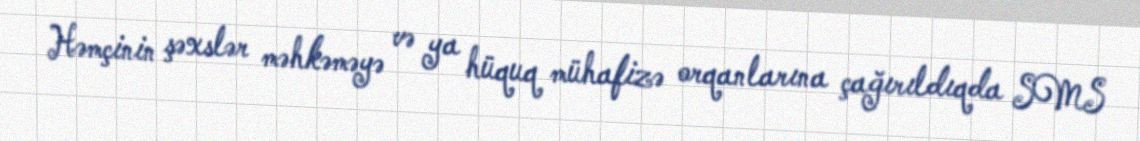
Həmçinin şəxslər məhkəməyə və ya hüquq mühafizə orqanlarına çağırıldıqda SMS